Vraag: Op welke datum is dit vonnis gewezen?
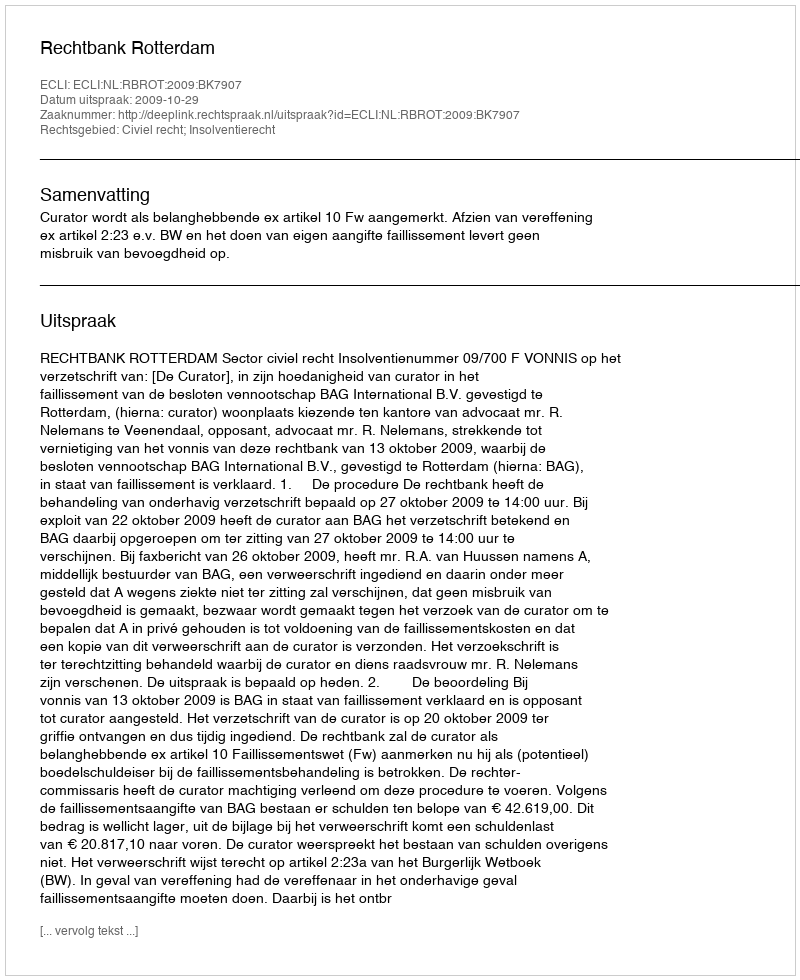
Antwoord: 2009-10-29